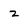
Character: 2